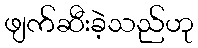
ဖျက်ဆီးခဲ့သည်ဟု